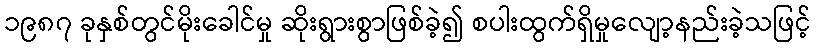
၁၉၈၇ ခုနှစ်တွင်မိုးခေါင်မှု ဆိုးရွားစွာဖြစ်ခဲ့၍ စပါးထွက်ရှိမှုလျော့နည်းခဲ့သဖြင့်